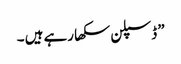
” ڈسپلن سکھا رہے ہیں ۔